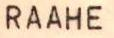
RAAHE